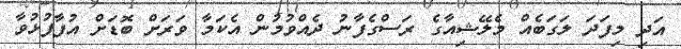
އަދި މިފަދަ ލަގަބެއް މެލޭޝިއާގެ ރަސްގެފާނު ދެއްވުމުން އެކަމާ ވަރަށް ބޮޑަށް އުފާފުޅުވާ